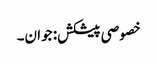
خصوصی پیشکش: جوان۔